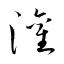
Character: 灌